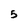
Character: 5